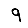
Digit: 9